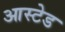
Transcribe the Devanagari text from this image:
आस्टेड